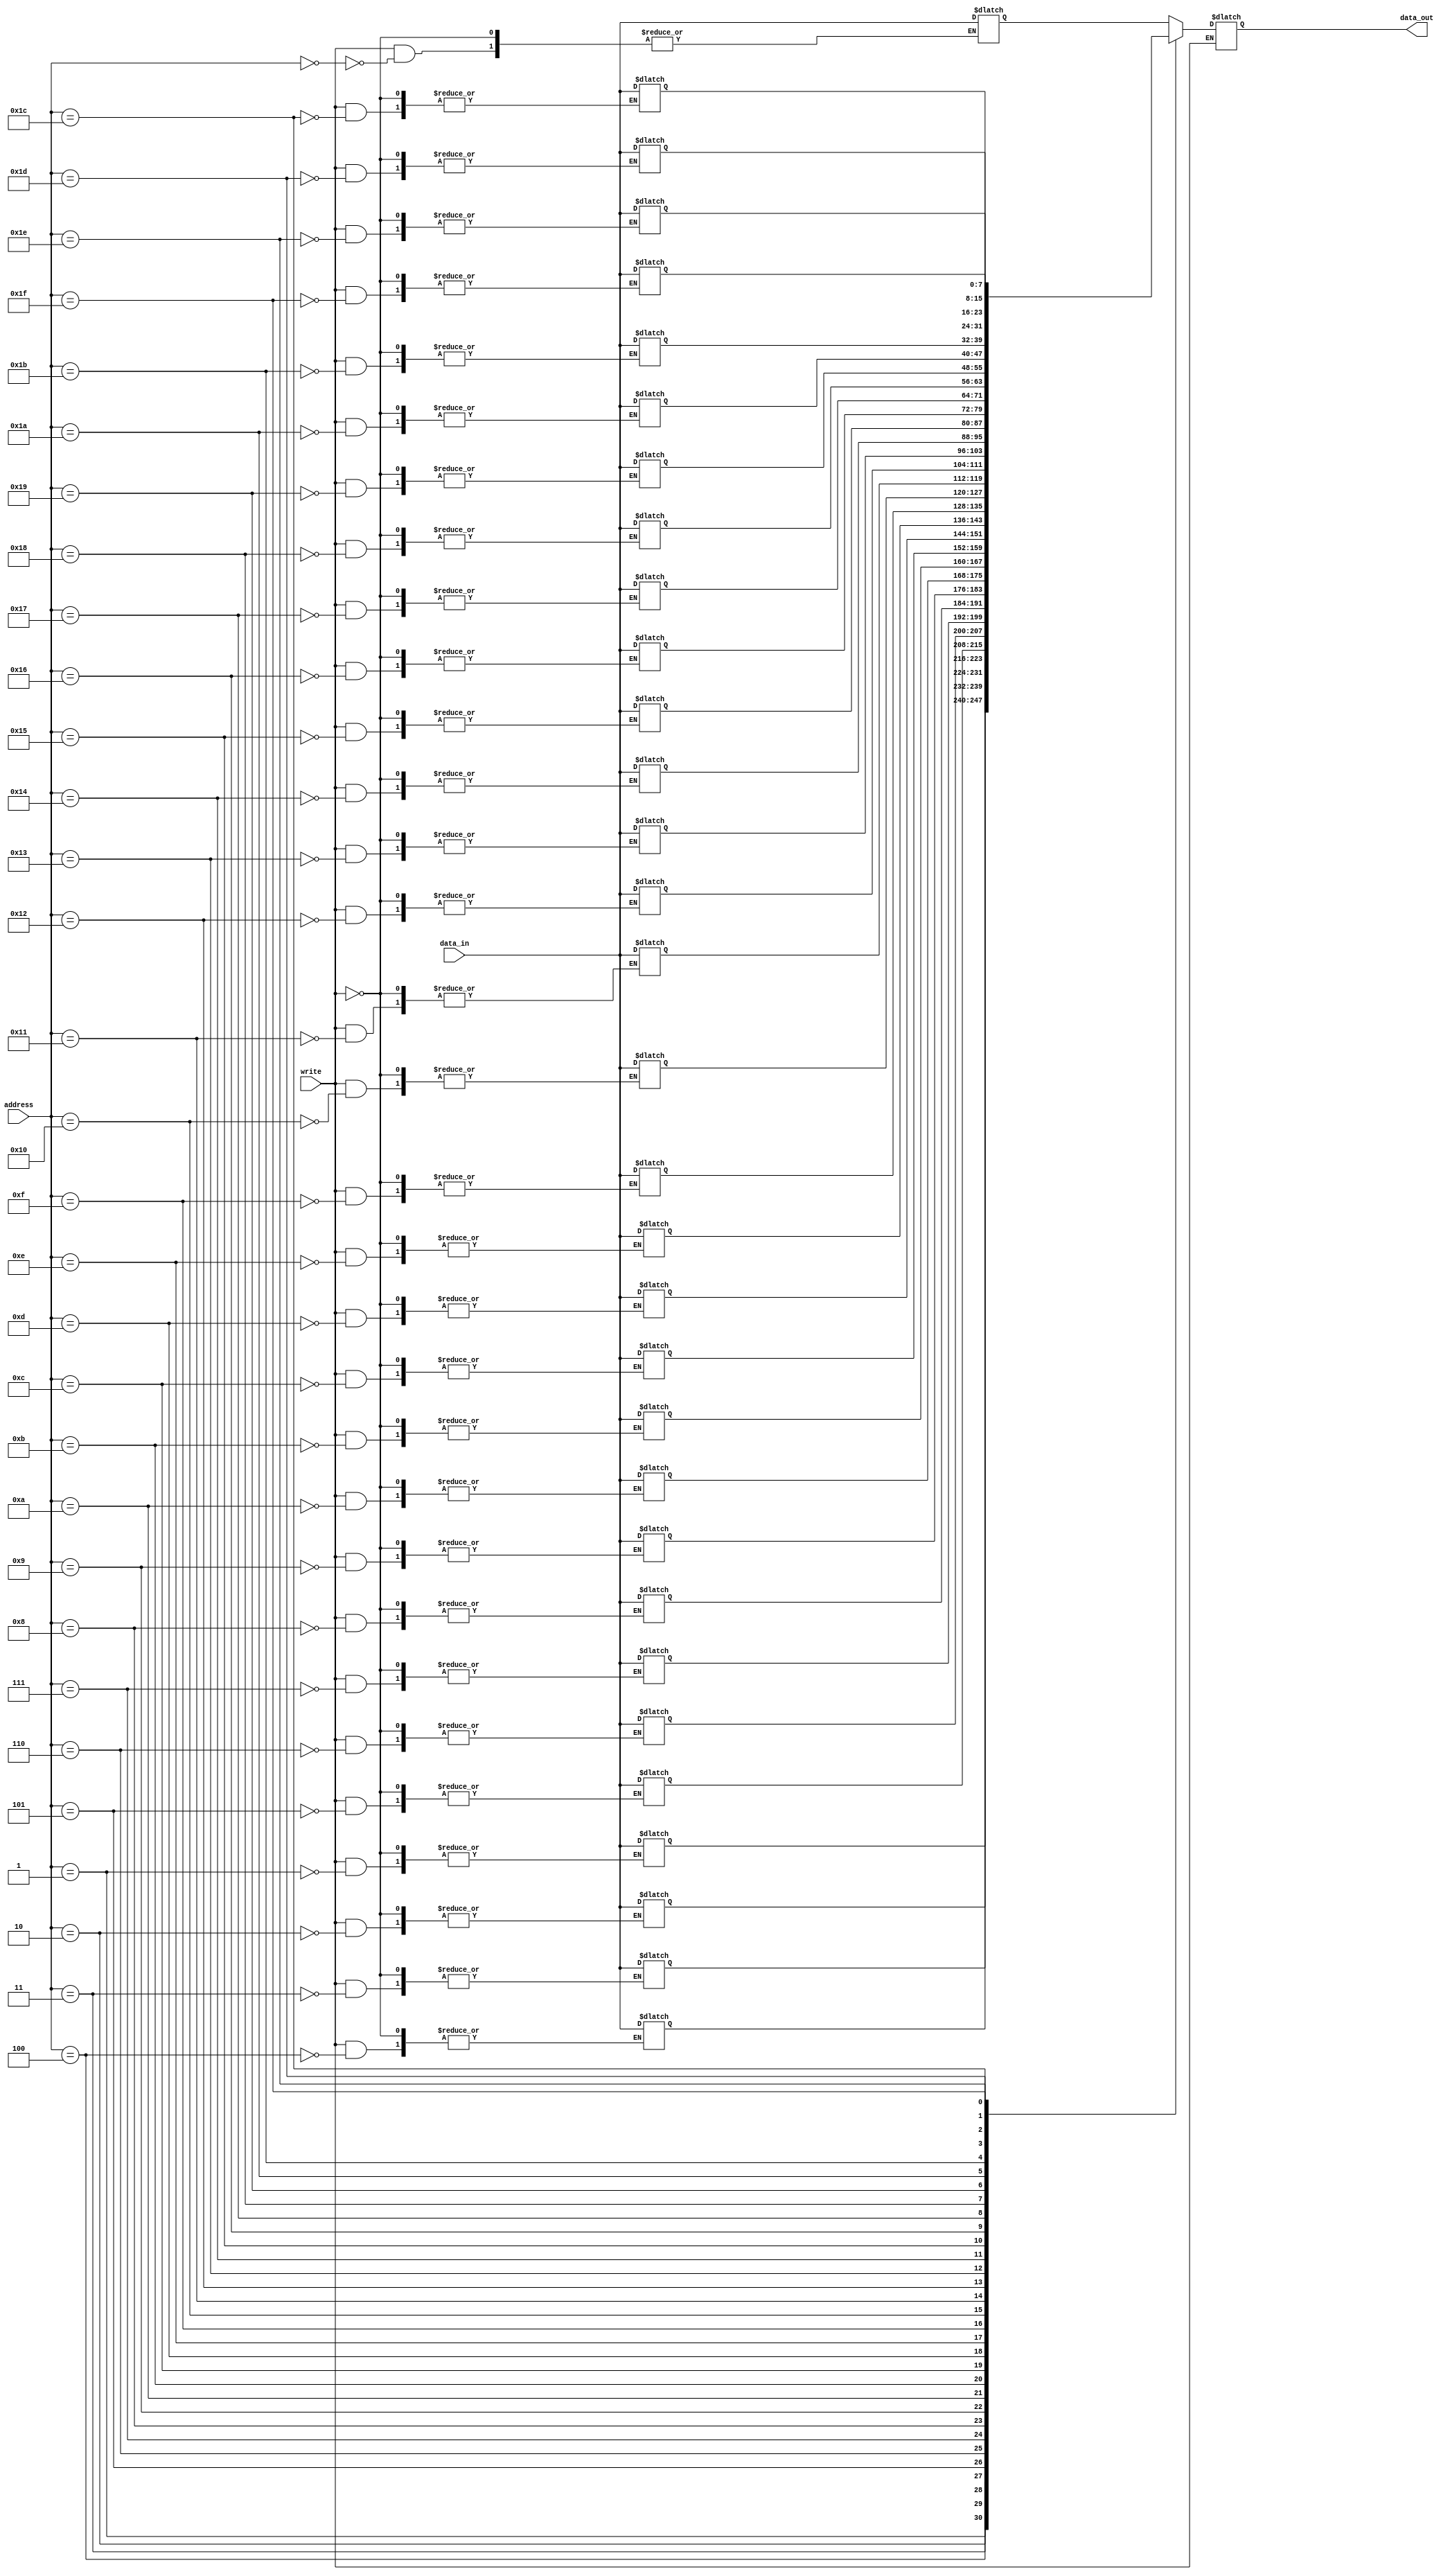
module memory(output reg [7:0] data_out,input [4:0] address,input [7:0] data_in,input write);

reg [7:0] memory [0:31];

initial begin 
	memory[0] = 8'b00000000; //0
	memory[1] = 8'b11010010; //-46
	memory[2] = 8'b01010101; //85
	memory[3] = 8'b00000000; //0
	memory[4] = 8'b11111000; //-8
	memory[5] = 8'b00010010; //18
	memory[6] = 8'b01101110; //110
	memory[7] = 8'b10000010; //-126
	memory[8] = 8'b00110101; //53
	memory[9] = 8'b01001010; //74
	memory[10] = 8'b11001011; //-53
	memory[11] = 8'b00010011; //19
	memory[12] = 8'b01100110; //102
	memory[13] = 8'b10001001; //-119
	memory[14] = 8'b01011111; //95
	memory[15] = 8'b01010011; //83
	memory[16] = 8'b00000111; //7
	memory[17] = 8'b10011111; //-97
	memory[18] = 8'b01001100; //76
	memory[19] = 8'b11110000; //-16
	memory[20] = 8'b00000001; //1
	memory[21] = 8'b00110100; //52
	memory[22] = 8'b00110010; //50
	memory[23] = 8'b00111100; //60
	memory[24] = 8'b00011001; //25
	memory[25] = 8'b10110101; //-75
	memory[26] = 8'b00000101; //5
	memory[27] = 8'b00001001; //9
	memory[28] = 8'b01100111; //103
	memory[29] = 8'b10100111; //-89
	memory[30] = 8'b01110010; //114
	memory[31] = 8'b00001011; //11
end

always @(*)
begin
	if (write) memory[address] <= data_in;
	else data_out <= memory[address];	
end

endmodule
module memory_tb;
reg [7:0] data_in;
reg [4:0] address, write;
wire [7:0] data_out;

memory dut (data_out, address, data_in, write);

initial begin
  address = 0;
  data_in = 0;
  write = 0;

  #10 write = 1;
  #10 address = 1;
  #10 data_in = 8;

  #10 write = 0;

  #10 address = 1;

  #10 write = 1;
  #10 address = 2;
  #10 data_in = 16;

  #10 write = 0;

  #10 address = 2;
end

endmodule